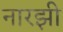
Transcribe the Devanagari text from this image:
नारझी